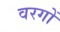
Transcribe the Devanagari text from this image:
वरगों